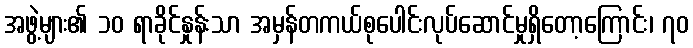
အဖွဲ့များ၏ ၁၀ ရာခိုင်နှုန်းသာ အမှန်တကယ်စုပေါင်းလုပ်ဆောင်မှုရှိတော့ကြောင်း၊ ၇၀